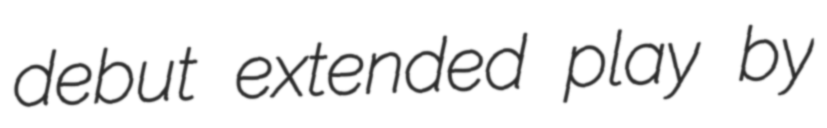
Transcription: debut extended play by